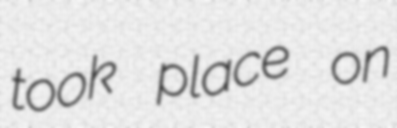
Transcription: took place on